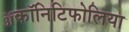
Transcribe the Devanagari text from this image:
ॲकॉनिटिफोलिया